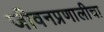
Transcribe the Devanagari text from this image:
जीवनप्रणालीचा